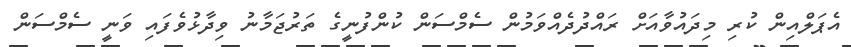
އެޕަލްއިން ކުރި މިދައުވާއަށް ރައްދުދެއްވަމުން ސެމްސަން ކުންފުނީގެ ތަރުޖަމާނު ވިދާޅުވެފައި ވަނީ ސެމްސަން